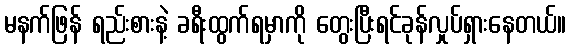
မနက်ဖြန် ရည်းစားနဲ့ ခရီးထွက်ရမှာကို တွေးပြီးရင်ခုန်လှုပ်ရှားနေတယ်။